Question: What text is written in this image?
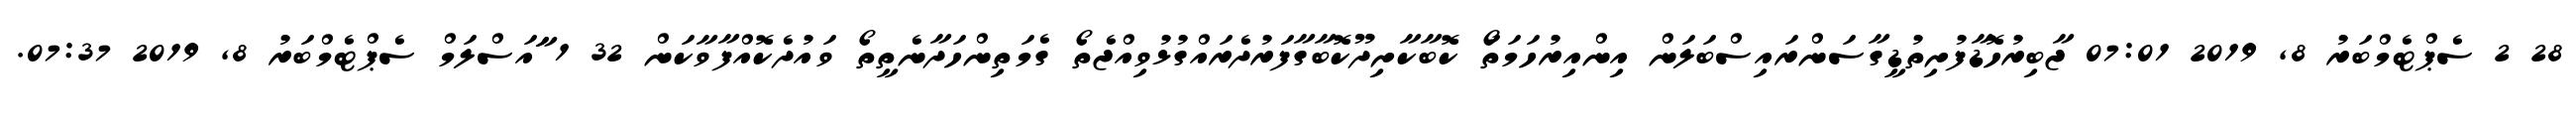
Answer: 28 2 ސެޕްޓެމްބަރު 8, 2019 07:01 ޖާބިރުހޮޑާފުށިތުޑީގާސަންރައިސްބަލަން އިންއިރުހަމަތަޯ ކޮބާކާށިދޫކޮބާގާފަރުދެރައްގުޅުވިއްޖެތޯ ގެމަތިންހަދާނެތީތޯ ވައުދެކޮއްފާވާކަން 32 1 ާައަސްލަމް ސެޕްޓެމްބަރު 8, 2019 07:37.